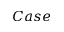
C a s e